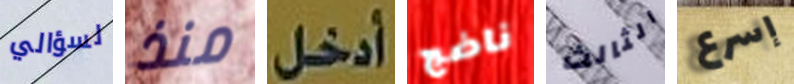
لسؤالي منذ أدخل ناضج الثالث إسرع